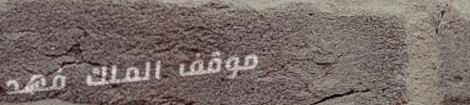
موقف الملك فهد